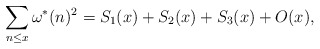
\begin{align*}\sum_{n\le x}\omega^*(n)^2=S_1(x)+S_2(x)+S_3(x)+O(x),\end{align*}